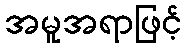
အမူအရာဖြင့်